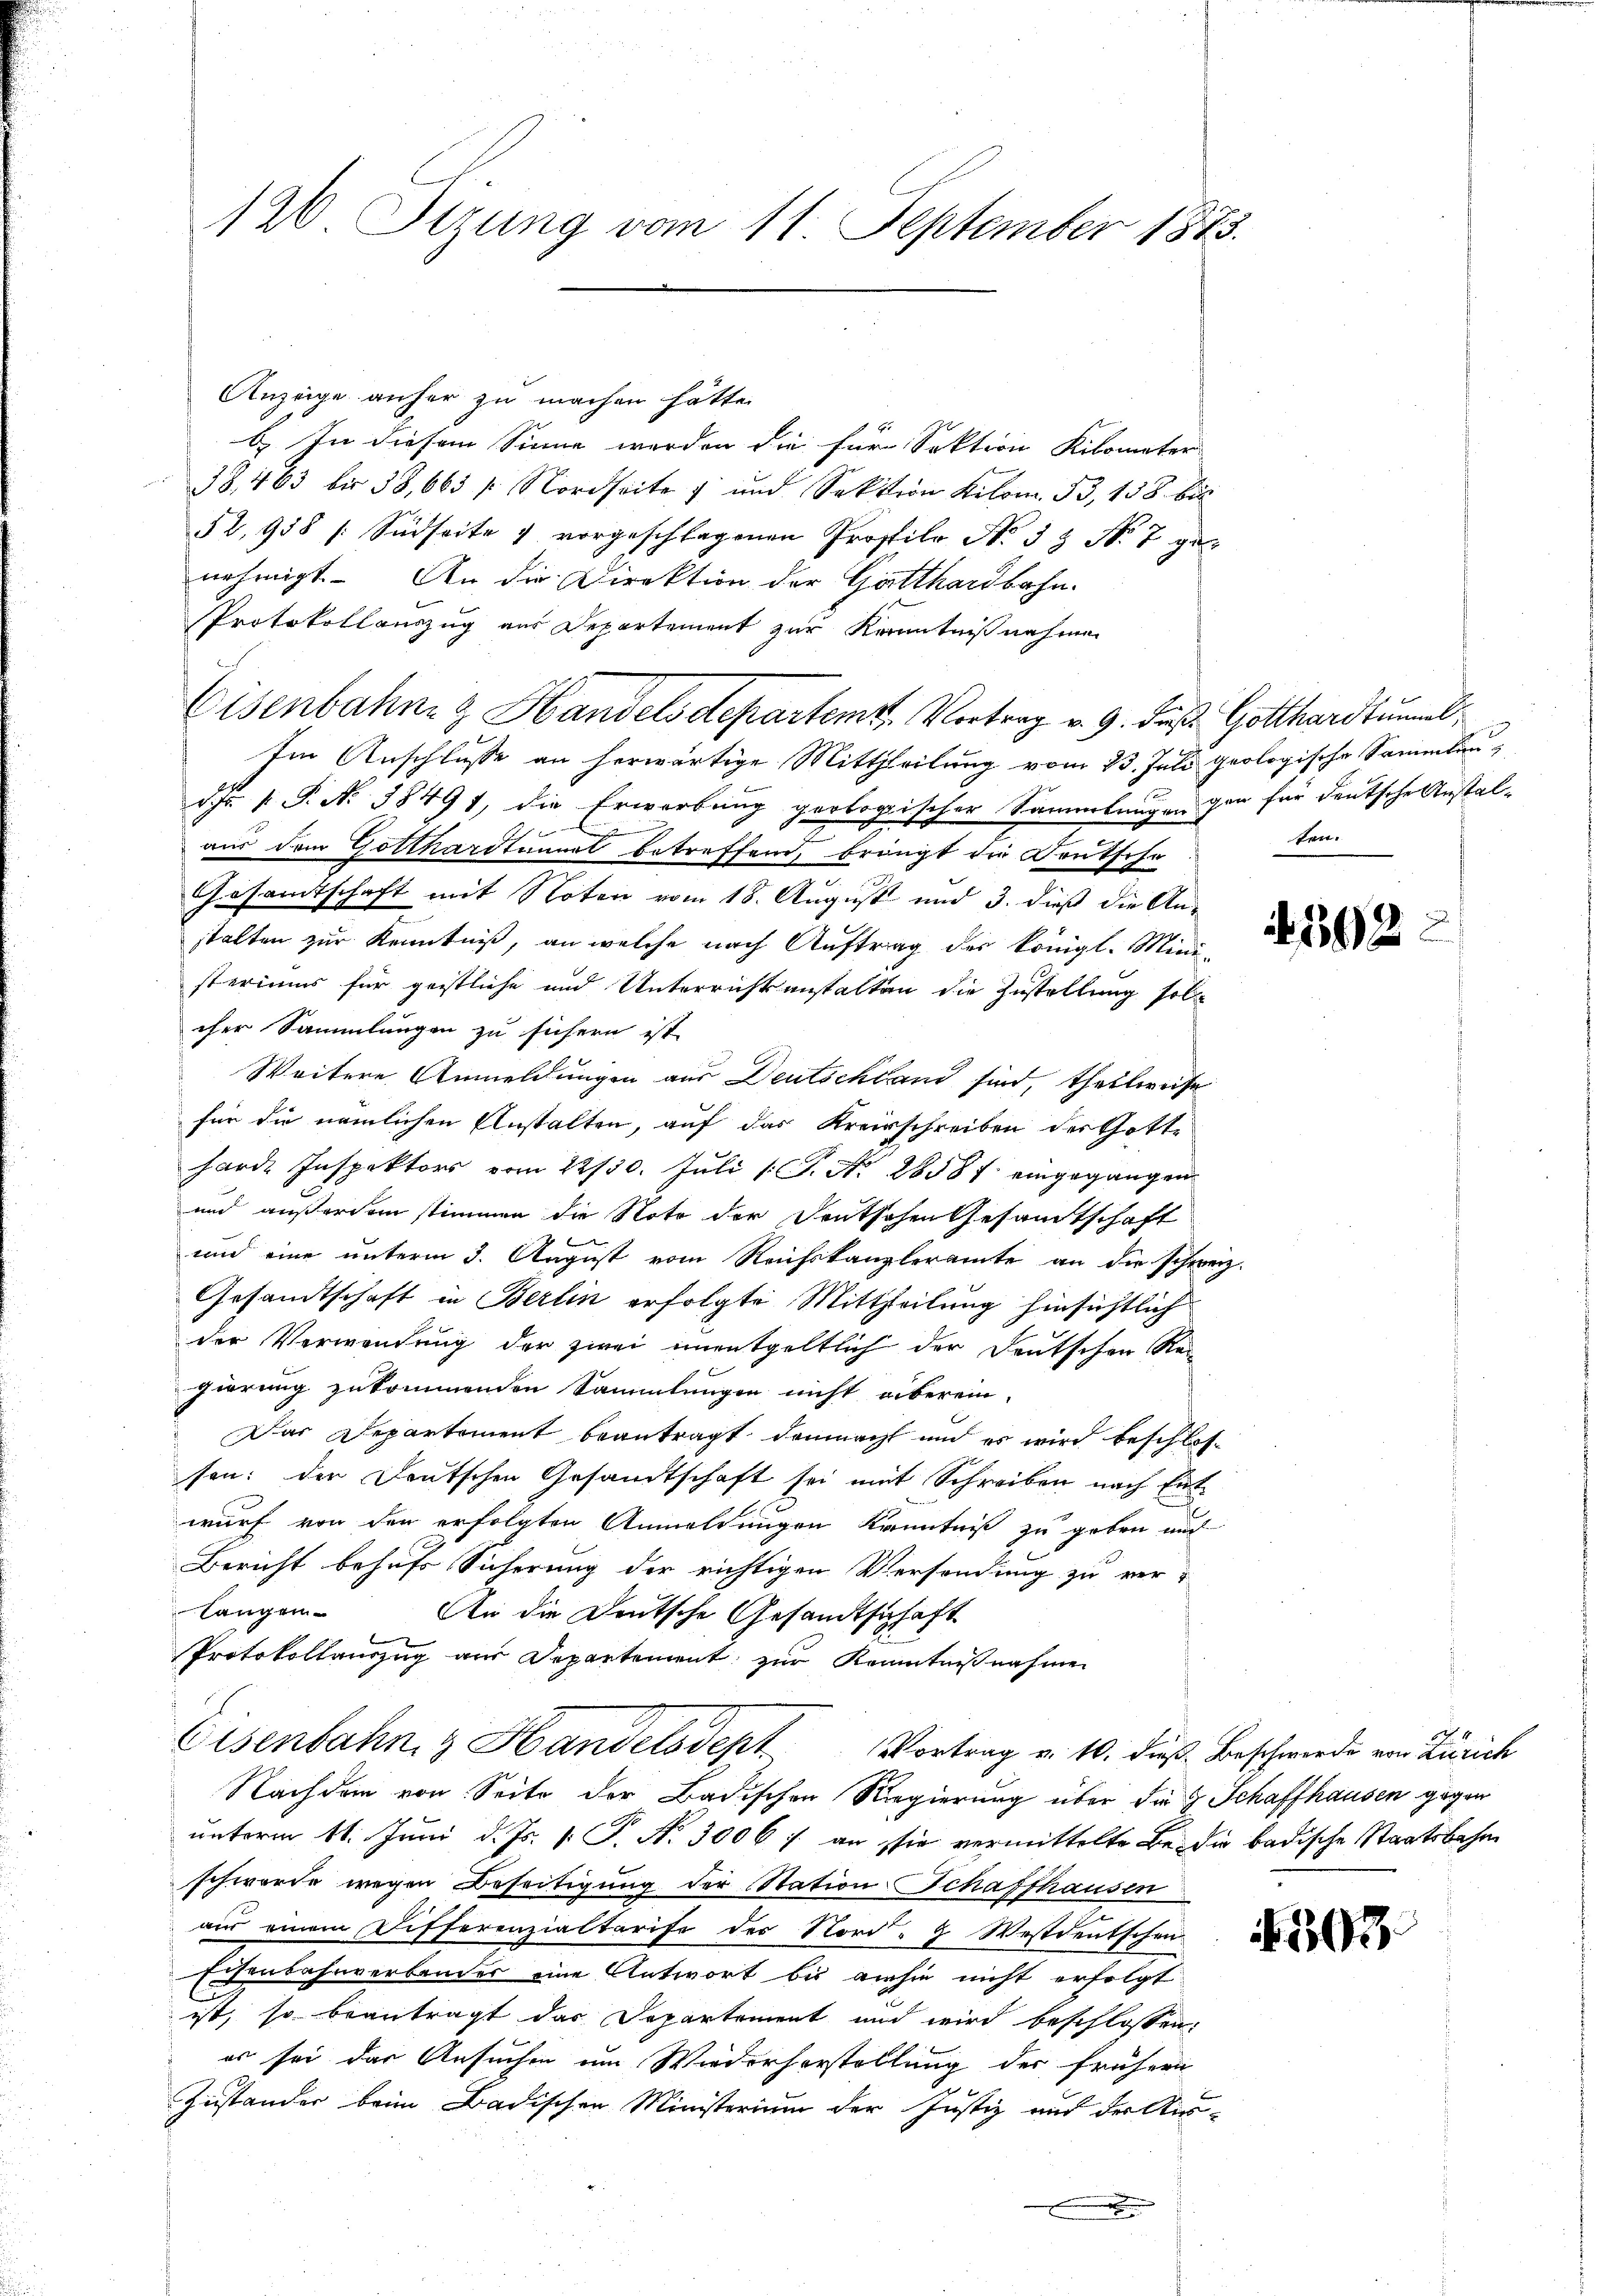
126. Sitzung vom 11. September 1873.

Anzeige anher zu machen hätte.
b. In diesem Sinne werden die für Sektion Kilometer
18. 463 bis 38,665 f. Nordseite und Sektion Kilom. 53, 138 bis
52,958 / Südseite 1 vorgeschlagenen Prostilo No 33 No 7 ge
nehmigt. An die Direktion der Gatthardbahn.
Protokollauszug aus Departement zur Kenntnißnahmen
Eisenbahn & Handelsdepartem Vortrag v. 9. daß Gotthardtuml
Im Anschlusse an herwärtige Mittheilung vom 23. Juli geologische Sammlund.J. P. N. 18491, die Erwerbung geologischer Sammlungen gan für deutsche Anstal¬
2
aus dem Gotthardtunnel betreffend, bringt die Deutsche
Gesamtschaft mit Noten vom 18. August und 3. dieß die Anstalten zur Kenntniß, an welche nach Auftrag des Königl. Ministeriums für geistliche und Unterrichtsanstalten die Zustellung soll
cher Sammlungen zu sichern ist.
Weitere Anmeldungen aus Deutschland sind, theilweise
für die nämlichen Anstalten, auf das Kreisschreiben der Gotte
harde Inspektors vom 22/30. Juli 1 S. Nr. 28587 eingegangen
und außerden stimmen die Noto der Deutschen Gesamtschaft
be
und eine unterm 3. August vom Reichskanzleramte an die schweiz.
Gesandtschaft in Berlin erfolgte Mittheilung hinsichtlich
der Verwendung der zwei unentgeltlich der Deutschen Rei-
gierung zukommenden Sammlungen nicht aberein-
Dar Departement beantragt, danacht und es wird beschlossen: der Deutschen Gesandtschaft sei mit Schreiben nach Entwurf von den erfolgten Anmeldungen Kenntniß zu geben und
Bericht behufs Sicherung der richtigen Versendung zu verlangen
An die Deutsche Gesandtschaft
b
Protokollauszug aus Departement zur Kenntnißnahmen
Eisenbahn & Handelsdept
Vortrag v. 10. dieß Beschwerde von Zürich
Nachdem von Seite der Badischen Regierung über die H. Schaffhausen gegen
unterm 11. Juni d. Js. v. J. N. 3006 ; an sie vermittelte Be- die badische Staatsbahne
schwerde wegen Beseitigung der Station Schaffhausen
aŭs einem Differenzialtarife der Nord- Westdeutschen de
Eisenbahnverbander eine Antwort bis anhin nicht erfolgt.
ist, so beantragt das Departement und wird beschlossen:
es sei das Ansuchen um Wiederhorstellung der frühern
Zustander beim Badischen Ministerium der Justiz auf der Aus¬
.

ten.

392